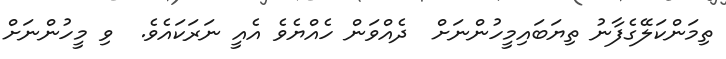
ތިިމަންކަލޭގެފާނު ތިޔަބައިމީހުންނަށް  ދެއްވަން ހެއްޔެވެ އެއީ ނަރަކައެވެ.  ވި މީހުންނަށް